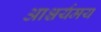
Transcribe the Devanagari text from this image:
आश्चर्यमय